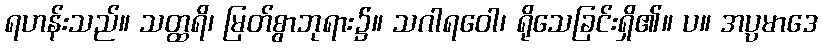
ရဟန်းသည်။ သတ္ထရိ၊ မြတ်စွာဘုရား၌။ သဂါရဝေါ၊ ရိုသေခြင်းရှိ၏။ ပ။ အပ္ပမာဒေ